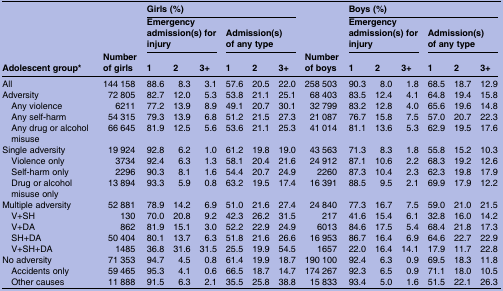
<table><thead><tr><td><b> </b></td><td><b> </b></td><td colspan="6"><b>Girls (%)</b></td><td><b> </b></td><td colspan="6"><b>Boys (%)</b></td></tr><tr><td><b> </b></td><td><b> </b></td><td colspan="3"><b>Emergency admission(s) for injury</b></td><td colspan="3"><b>Admission(s) of any type</b></td><td><b> </b></td><td colspan="3"><b>Emergency admission(s) for injury</b></td><td colspan="3"><b>Admission(s) of any type</b></td></tr><tr><td><b>Adolescent group*</b></td><td><b>Number of girls</b></td><td><b>1</b></td><td><b>2</b></td><td><b>3+</b></td><td><b>1</b></td><td><b>2</b></td><td><b>3+</b></td><td><b>Number of boys</b></td><td><b>1</b></td><td><b>2</b></td><td><b>3+</b></td><td><b>1</b></td><td><b>2</b></td><td><b>3+</b></td></tr></thead><tbody><tr><td>All</td><td>144 158</td><td>88.6</td><td>8.3</td><td>3.1</td><td>57.6</td><td>20.5</td><td>22.0</td><td>258 503</td><td>90.3</td><td>8.0</td><td>1.8</td><td>68.5</td><td>18.7</td><td>12.9</td></tr><tr><td>Adversity</td><td>72 805</td><td>82.7</td><td>12.0</td><td>5.3</td><td>53.8</td><td>21.1</td><td>25.1</td><td>68 403</td><td>83.5</td><td>12.4</td><td>4.1</td><td>64.8</td><td>19.4</td><td>15.8</td></tr><tr><td> Any violence</td><td>6211</td><td>77.2</td><td>13.9</td><td>8.9</td><td>49.1</td><td>20.7</td><td>30.1</td><td>32 799</td><td>83.2</td><td>12.8</td><td>4.0</td><td>65.6</td><td>19.6</td><td>14.8</td></tr><tr><td> Any self-harm</td><td>54 315</td><td>79.3</td><td>13.9</td><td>6.8</td><td>51.2</td><td>21.5</td><td>27.3</td><td>21 087</td><td>76.7</td><td>15.8</td><td>7.5</td><td>57.0</td><td>20.7</td><td>22.3</td></tr><tr><td> Any drug or alcohol misuse</td><td>66 645</td><td>81.9</td><td>12.5</td><td>5.6</td><td>53.6</td><td>21.1</td><td>25.3</td><td>41 014</td><td>81.1</td><td>13.6</td><td>5.3</td><td>62.9</td><td>19.5</td><td>17.6</td></tr><tr><td>Single adversity</td><td>19 924</td><td>92.8</td><td>6.2</td><td>1.0</td><td>61.2</td><td>19.8</td><td>19.0</td><td>43 563</td><td>71.3</td><td>8.3</td><td>1.8</td><td>55.8</td><td>15.2</td><td>10.3</td></tr><tr><td> Violence only</td><td>3734</td><td>92.4</td><td>6.3</td><td>1.3</td><td>58.1</td><td>20.4</td><td>21.6</td><td>24 912</td><td>87.1</td><td>10.6</td><td>2.2</td><td>68.3</td><td>19.2</td><td>12.6</td></tr><tr><td> Self-harm only</td><td>2296</td><td>90.3</td><td>8.1</td><td>1.6</td><td>54.4</td><td>20.7</td><td>24.9</td><td>2260</td><td>87.3</td><td>10.4</td><td>2.3</td><td>62.3</td><td>19.8</td><td>17.9</td></tr><tr><td> Drug or alcohol misuse only</td><td>13 894</td><td>93.3</td><td>5.9</td><td>0.8</td><td>63.2</td><td>19.5</td><td>17.4</td><td>16 391</td><td>88.5</td><td>9.5</td><td>2.1</td><td>69.9</td><td>17.9</td><td>12.2</td></tr><tr><td>Multiple adversity</td><td>52 881</td><td>78.9</td><td>14.2</td><td>6.9</td><td>51.0</td><td>21.6</td><td>27.4</td><td>24 840</td><td>77.3</td><td>16.7</td><td>7.5</td><td>59.0</td><td>21.0</td><td>21.5</td></tr><tr><td> V+SH</td><td>130</td><td>70.0</td><td>20.8</td><td>9.2</td><td>42.3</td><td>26.2</td><td>31.5</td><td>217</td><td>41.6</td><td>15.4</td><td>6.1</td><td>32.8</td><td>16.0</td><td>14.2</td></tr><tr><td> V+DA</td><td>862</td><td>81.9</td><td>15.1</td><td>3.0</td><td>52.2</td><td>22.9</td><td>24.9</td><td>6013</td><td>84.6</td><td>17.5</td><td>5.4</td><td>68.4</td><td>21.8</td><td>17.3</td></tr><tr><td> SH+DA</td><td>50 404</td><td>80.1</td><td>13.7</td><td>6.3</td><td>51.8</td><td>21.6</td><td>26.6</td><td>16 953</td><td>86.7</td><td>16.4</td><td>6.9</td><td>64.6</td><td>22.7</td><td>22.9</td></tr><tr><td> V+SH+DA</td><td>1485</td><td>36.8</td><td>31.6</td><td>31.5</td><td>25.5</td><td>19.9</td><td>54.5</td><td>1657</td><td>22.0</td><td>16.4</td><td>14.1</td><td>17.9</td><td>11.7</td><td>22.8</td></tr><tr><td>No adversity</td><td>71 353</td><td>94.7</td><td>4.5</td><td>0.8</td><td>61.4</td><td>19.9</td><td>18.7</td><td>190 100</td><td>92.4</td><td>6.3</td><td>0.9</td><td>69.5</td><td>18.3</td><td>11.8</td></tr><tr><td> Accidents only</td><td>59 465</td><td>95.3</td><td>4.1</td><td>0.6</td><td>66.5</td><td>18.7</td><td>14.7</td><td>174 267</td><td>92.3</td><td>6.5</td><td>0.9</td><td>71.1</td><td>18.0</td><td>10.5</td></tr><tr><td> Other causes</td><td>11 888</td><td>91.5</td><td>6.3</td><td>2.1</td><td>35.5</td><td>25.8</td><td>38.8</td><td>15 833</td><td>93.4</td><td>5.0</td><td>1.6</td><td>51.5</td><td>22.1</td><td>26.3</td></tr></tbody></table>